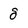
Character: g